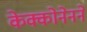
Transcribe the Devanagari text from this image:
केक्कोनेनने